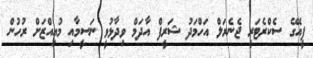
ޕީއޭގެ ސެކްރެޓަރީ ޖެނެރަލް އަހްމަދު ޝަރީފް އާދަމް ވިދާޅުވީ ނަސީމާއި މުއިއްޒަށް ރުހުން